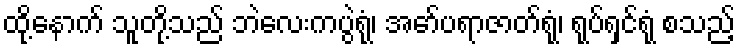
ထို့နောက် သူတို့သည် ဘဲလေးကပွဲရုံ၊ အော်ပရာဇာတ်ရုံ၊ ရုပ်ရှင်ရုံ စသည့်